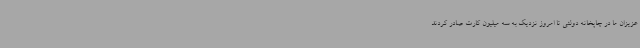
عزیزان ما در چاپخانه دولتی تا امروز نزدیک به سه میلیون کارت صادر کردند